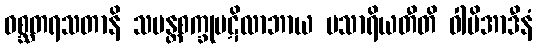
ဝစ္ဆတရသတာနိ သမန္တစက္ခုပဋိလာဘာယ ပသာရိယတီတိ ဝါပိအာဒီနံ